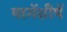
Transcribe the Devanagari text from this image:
मागॅशीषॅ